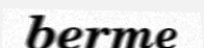
berme